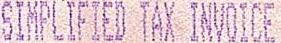
SIMPLIFIED TAX INVOICE